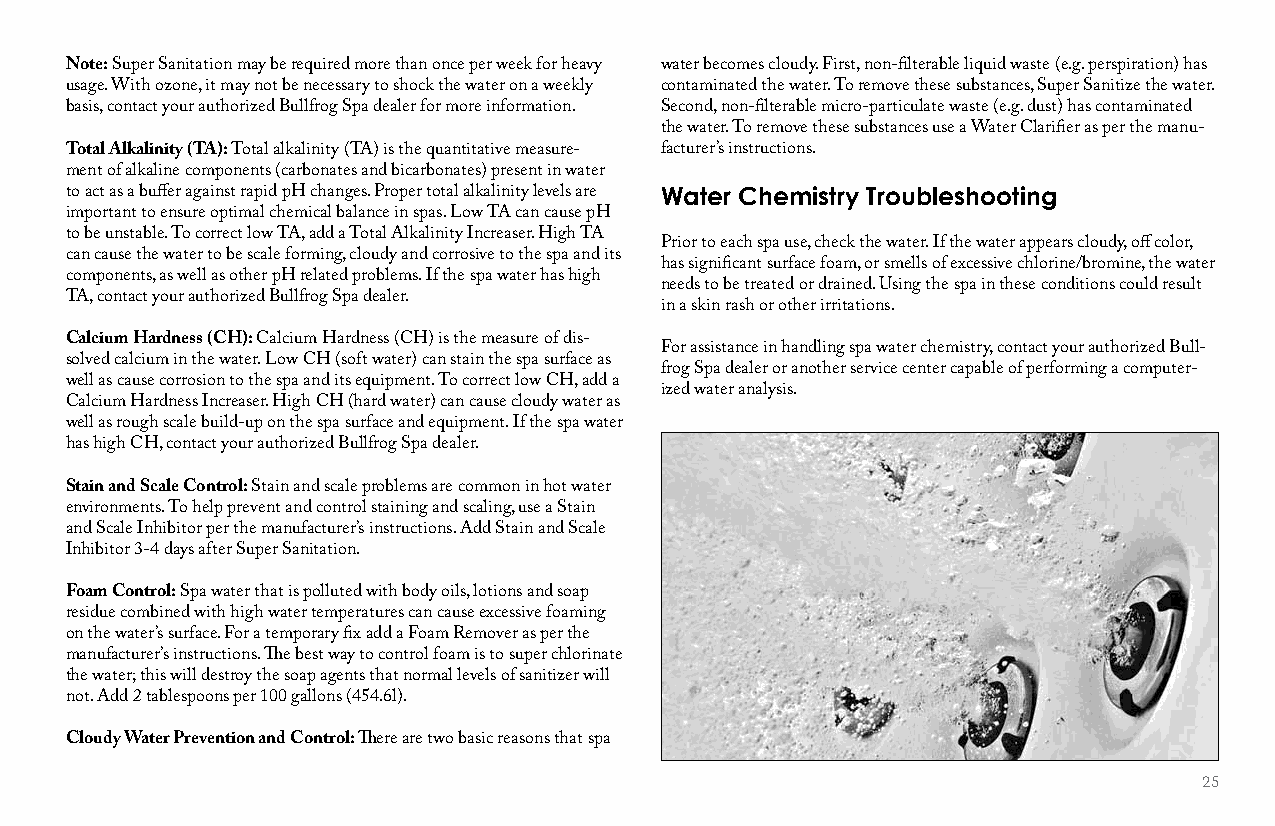
Note: Super Sanitation may be required more than once per week for heavy water becomes cloudy. First, non-filterable liquid waste (e.g. perspiration) has
 usage. With ozone, it may not be necessary to shock the water on a weekly contaminated the water. To remove these substances, Super Sanitize the water.
 basis, contact your authorized Bullfrog Spa dealer for more information. Second, non-filterable micro-particulate waste (e.g. dust) has contaminated
 the water. To remove these substances use a Water Clarifier as per the manu-
 Total Alkalinity (TA): Total alkalinity (TA) is the quantitative measure- facturer’s instructions.
 ment of alkaline components (carbonates and bicarbonates) present in water
 to act as a buffer against rapid pH changes. Proper total alkalinity levels are Water Chemistry Troubleshooting
 important to ensure optimal chemical balance in spas. Low TA can cause pH
 to be unstable. To correct low TA, add a Total Alkalinity Increaser. High TA
 Prior to each spa use, check the water. If the water appears cloudy, off color,
 can cause the water to be scale forming, cloudy and corrosive to the spa and its
 has significant surface foam, or smells of excessive chlorine/bromine, the water
 components, as well as other pH related problems. If the spa water has high
 needs to be treated or drained. Using the spa in these conditions could result
 TA, contact your authorized Bullfrog Spa dealer.
 in a skin rash or other irritations.
 Calcium Hardness (CH): Calcium Hardness (CH) is the measure of dis-
 For assistance in handling spa water chemistry, contact your authorized Bull-
 solved calcium in the water. Low CH (soft water) can stain the spa surface as
 frog Spa dealer or another service center capable of performing a computer-
 well as cause corrosion to the spa and its equipment. To correct low CH, add a
 ized water analysis.
 Calcium Hardness Increaser. High CH (hard water) can cause cloudy water as
 well as rough scale build-up on the spa surface and equipment. If the spa water
 has high CH, contact your authorized Bullfrog Spa dealer.
 Stain and Scale Control: Stain and scale problems are common in hot water
 environments. To help prevent and control staining and scaling, use a Stain
 and Scale Inhibitor per the manufacturer’s instructions. Add Stain and Scale
 Inhibitor 3-4 days after Super Sanitation.
 Foam Control: Spa water that is polluted with body oils, lotions and soap
 residue combined with high water temperatures can cause excessive foaming
 on the water’s surface. For a temporary fix add a Foam Remover as per the
 manufacturer’s instructions. The best way to control foam is to super chlorinate
 the water; this will destroy the soap agents that normal levels of sanitizer will
 not. Add 2 tablespoons per 100 gallons (454.6l).
 Cloudy Water Prevention and Control: There are two basic reasons that spa
 25